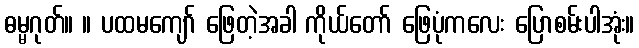
ဓမ္မဂုတ်။ ။ ပထမကျော် ဖြေတဲ့အခါ ကိုယ်တော် ဖြေပုံကလေး ပြောစမ်းပါအုံး။